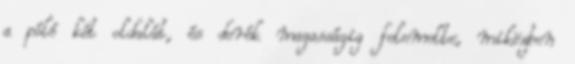
a póló két oldalát, és derék magasságig felemelte, miközben